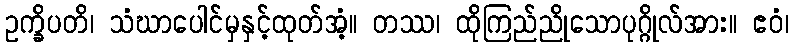
ဥက္ခိပတိ၊ သံဃာပေါင်မှနှင့်ထုတ်အံ့။ တဿ၊ ထိုကြည်ညိုသောပုဂ္ဂိုလ်အား။ ဧဝံ၊